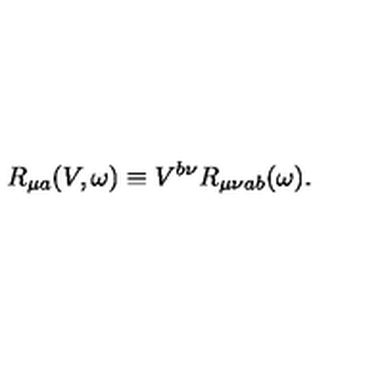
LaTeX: R _ { \mu a } ( V , \omega ) \equiv V ^ { b \nu } R _ { \mu \nu a b } ( \omega ) .